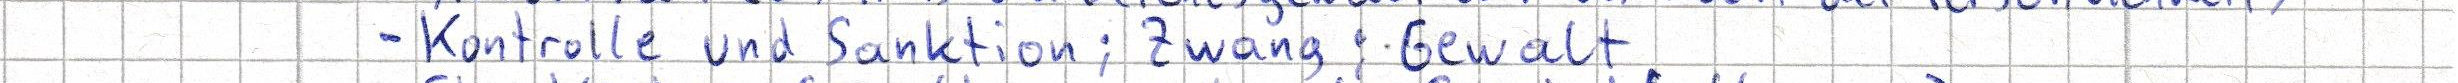
- Kontrolle und Sanktion; Zwang; Gewalt